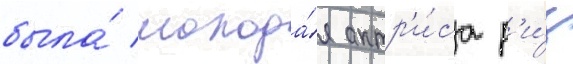
была́ молода́я актр'и́са р'и́з